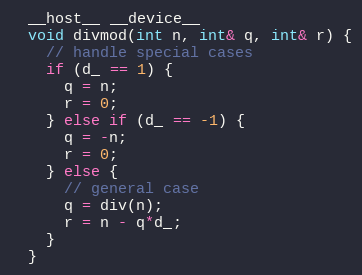
Language: C
  __host__ __device__
  void divmod(int n, int& q, int& r) {
    // handle special cases
    if (d_ == 1) {
      q = n;
      r = 0;
    } else if (d_ == -1) {
      q = -n;
      r = 0;
    } else {
      // general case
      q = div(n);
      r = n - q*d_;
    }
  }